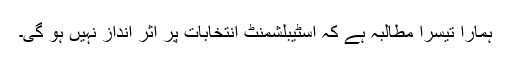
ہمارا تیسرا مطالبہ ہے کہ اسٹیبلشمنٹ انتخابات پر اثر انداز نہیں ہو گی۔